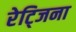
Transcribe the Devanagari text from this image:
रेट्जिना